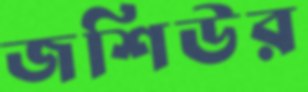
জশিউর